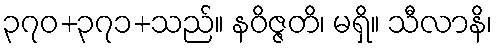
၃၇၀+၃၇၁+သည်။ နဝိဇ္ဇတိ၊ မရှိ။ သီလာနိ၊